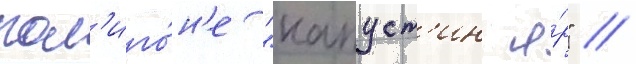
пол'иго́н'е "капуст'ин я́р" //